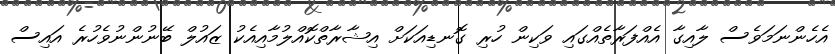
އެހެންނަމަވެސް ލާއިގާ އެއްފަރާތެއްގައި ވަކިން ހުރި ގޮނޑިއަކަށް އިޝާރާތްކޮއްލުމާއިއެކު ޒައުލް ބޭނުންނުވެހުރެ އައިސް